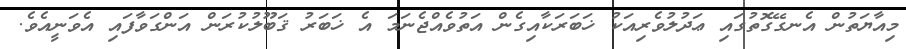
މިއާޔަތުން އެނގޭގޮތުގައި ޢަދުލުވެރިއަކު ޚަބަރަކާއިގެން އަތުވެއްޖެނަމަ އެ ޚަބަރު ޤަބޫލުކުރަން އަންގަވާފައި އެވަނީއެވެ.